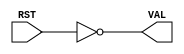

// Copyright (c) 2000-2012 Bluespec, Inc.

// Permission is hereby granted, free of charge, to any person obtaining a copy
// of this software and associated documentation files (the "Software"), to deal
// in the Software without restriction, including without limitation the rights
// to use, copy, modify, merge, publish, distribute, sublicense, and/or sell
// copies of the Software, and to permit persons to whom the Software is
// furnished to do so, subject to the following conditions:

// The above copyright notice and this permission notice shall be included in
// all copies or substantial portions of the Software.

// THE SOFTWARE IS PROVIDED "AS IS", WITHOUT WARRANTY OF ANY KIND, EXPRESS OR
// IMPLIED, INCLUDING BUT NOT LIMITED TO THE WARRANTIES OF MERCHANTABILITY,
// FITNESS FOR A PARTICULAR PURPOSE AND NONINFRINGEMENT. IN NO EVENT SHALL THE
// AUTHORS OR COPYRIGHT HOLDERS BE LIABLE FOR ANY CLAIM, DAMAGES OR OTHER
// LIABILITY, WHETHER IN AN ACTION OF CONTRACT, TORT OR OTHERWISE, ARISING FROM,
// OUT OF OR IN CONNECTION WITH THE SOFTWARE OR THE USE OR OTHER DEALINGS IN
// THE SOFTWARE.
//
// $Revision: 29442 $
// $Date: 2012-08-27 21:58:10 +0000 (Mon, 27 Aug 2012) $

`ifdef BSV_ASSIGNMENT_DELAY
`else
`define BSV_ASSIGNMENT_DELAY
`endif

`ifdef BSV_POSITIVE_RESET
  `define BSV_RESET_VALUE 1'b1
  `define BSV_RESET_EDGE posedge
`else
  `define BSV_RESET_VALUE 1'b0
  `define BSV_RESET_EDGE negedge
`endif


module ResetToBool( RST, VAL);

   input  RST;
   output VAL;

   assign VAL = (RST == `BSV_RESET_VALUE);

endmodule